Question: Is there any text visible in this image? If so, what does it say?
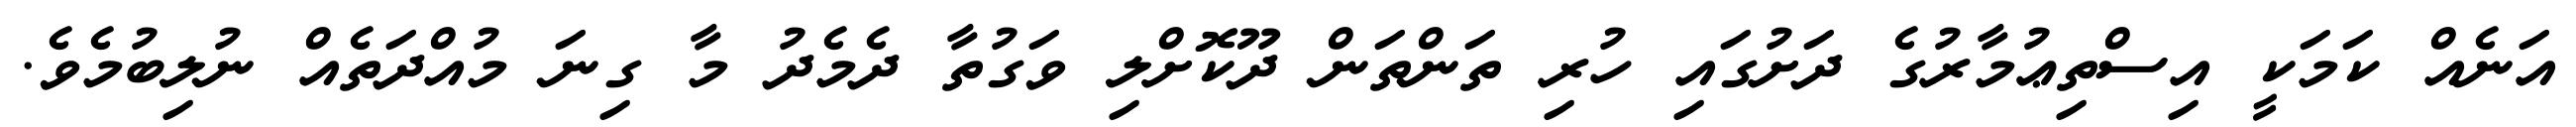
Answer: އަނެއް ކަމަކީ އިސްތިޢުމާރުގެ ދަށުގައި ހުރި ތަންތަން ދޫކޮށްލި ވަގުތާ ދެމެދު މާ ގިނަ މުއްދަތެއް ނުލިބުމެވެ.